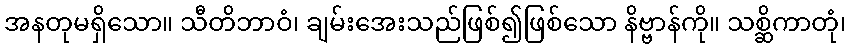
အနတုမရှိသော။ သီတိဘာဝံ၊ ချမ်းအေးသည်ဖြစ်၍ဖြစ်သော နိဗ္ဗာန်ကို။ သစ္ဆိကာတုံ၊